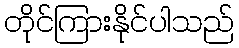
တိုင်ကြားနိုင်ပါသည်